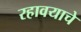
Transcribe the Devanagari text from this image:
रहावयाचे